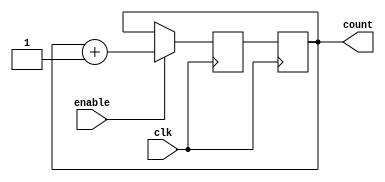
module binary_upCounter (
    input clk,
    input enable,
    output reg [3:0] count
);

reg [3:0] next_count;

always @(posedge clk) begin
    if (enable) begin
        next_count <= count + 4'b1;
    end
    else begin
        next_count <= count;
    end
end

always @(posedge clk) begin
    count <= next_count;
end

endmodule